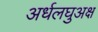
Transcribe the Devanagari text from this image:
अर्धलघुअक्ष